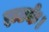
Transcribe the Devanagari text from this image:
झटके।